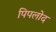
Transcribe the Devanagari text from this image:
पिपलोद